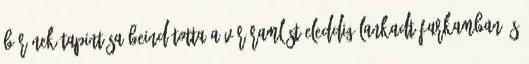
bőrének tapintása beindította a véráramlást eleddig lankadt farkamban és